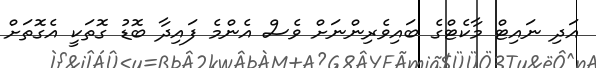
އަދި ނައިޓް މާކެޓްގެ ބައިވެރިންނަށް ވެސް އެންމެ ފައިދާ ބޮޑު ގޮތަކީ އެގޮތަށް